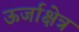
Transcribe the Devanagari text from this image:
ऊर्जाक्षेत्र